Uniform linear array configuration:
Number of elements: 48
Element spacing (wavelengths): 0.25
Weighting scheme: blackman
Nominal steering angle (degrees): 60
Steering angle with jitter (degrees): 58.861
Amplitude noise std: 0.05
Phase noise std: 0.05

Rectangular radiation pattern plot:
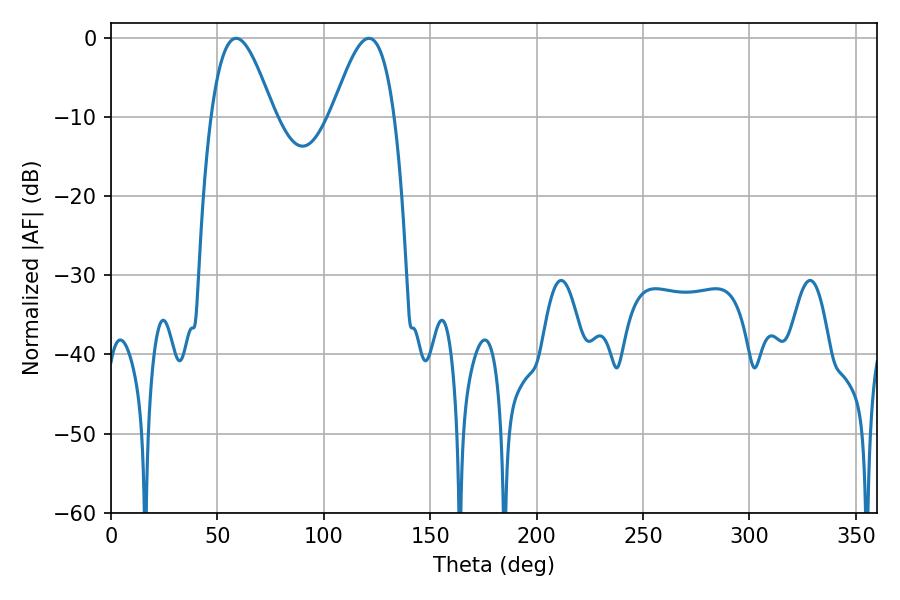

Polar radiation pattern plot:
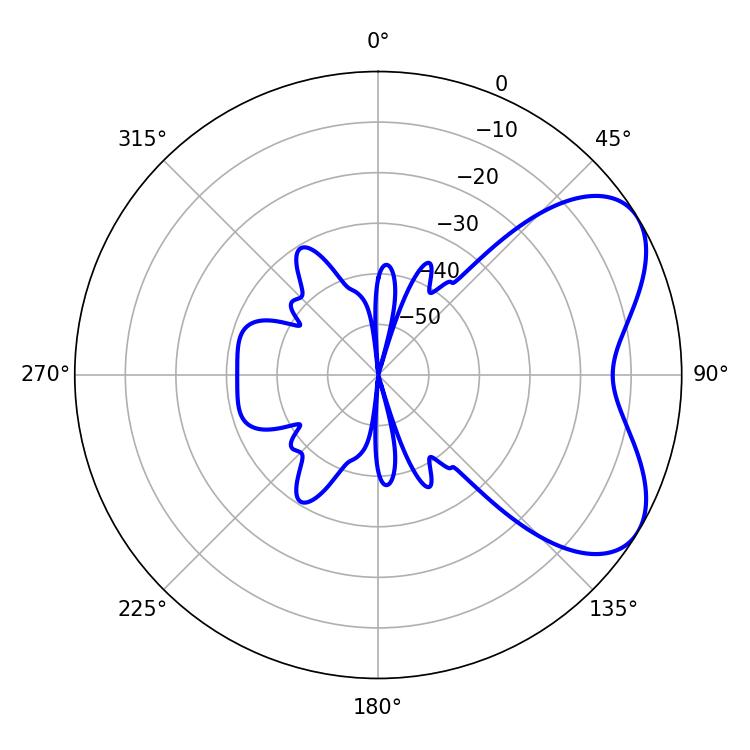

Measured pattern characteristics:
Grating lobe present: FALSE
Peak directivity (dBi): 5.686
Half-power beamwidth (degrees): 15.84
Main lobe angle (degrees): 58.86